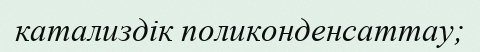
катализдік поликонденсаттау;